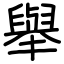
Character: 舉